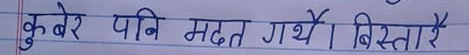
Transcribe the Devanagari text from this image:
कुबेर पनि मदत गर्थे। बिस्तारै